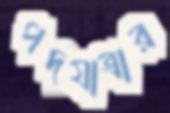
পদযাত্রার